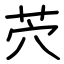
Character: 茓